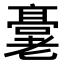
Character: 𬴖